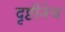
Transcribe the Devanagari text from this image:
दृष्टीनेच